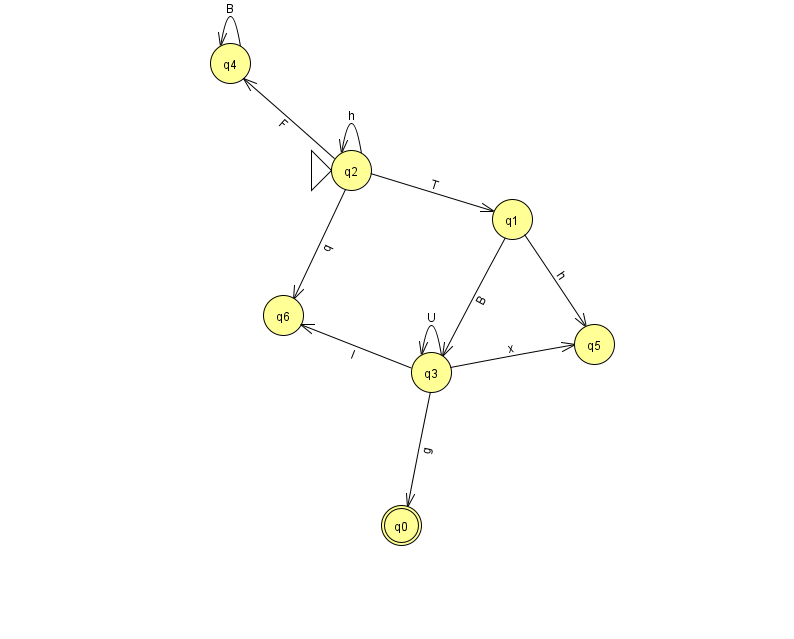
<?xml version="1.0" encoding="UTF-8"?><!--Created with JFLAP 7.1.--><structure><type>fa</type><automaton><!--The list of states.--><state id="0" name="q0"><x>401.0</x><y>512.0</y><final/></state><state id="1" name="q1"><x>512.0</x><y>206.0</y></state><state id="2" name="q2"><x>351.0</x><y>157.0</y><initial/></state><state id="3" name="q3"><x>431.0</x><y>359.0</y></state><state id="4" name="q4"><x>230.0</x><y>50.0</y></state><state id="5" name="q5"><x>594.0</x><y>331.0</y></state><state id="6" name="q6"><x>283.0</x><y>302.0</y></state><!--The list of transitions.--><transition><from>1</from><to>3</to><read>B</read></transition><transition><from>2</from><to>1</to><read>T</read></transition><transition><from>2</from><to>4</to><read>F</read></transition><transition><from>4</from><to>4</to><read>B</read></transition><transition><from>3</from><to>3</to><read>U</read></transition><transition><from>3</from><to>5</to><read>x</read></transition><transition><from>3</from><to>6</to><read>l</read></transition><transition><from>1</from><to>5</to><read>h</read></transition><transition><from>2</from><to>2</to><read>h</read></transition><transition><from>3</from><to>0</to><read>g</read></transition><transition><from>2</from><to>6</to><read>q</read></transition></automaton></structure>